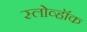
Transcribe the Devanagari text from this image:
स्लोव्हॉक